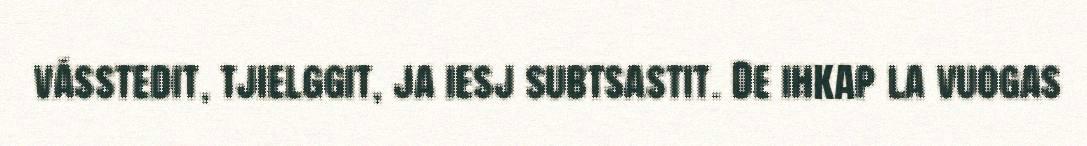
vásstedit, tjielggit, ja iesj subtsastit. De ihkap la vuogas